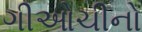
ગીઓચીનો